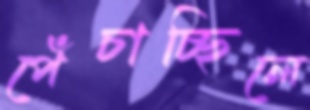
পেঁচাচ্ছিলে